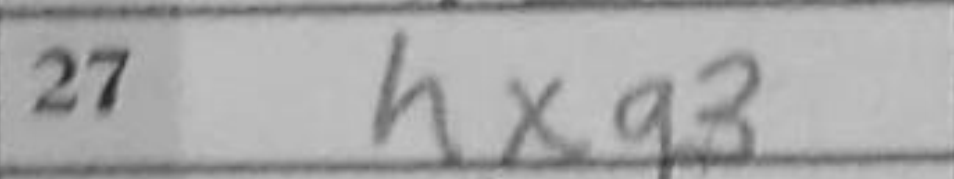
Transcription: hxg3